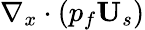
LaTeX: \nabla_{x}\cdot\left(p_{f}\textbf{U}_{s}\right)